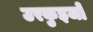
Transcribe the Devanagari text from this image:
उरकुइजो